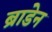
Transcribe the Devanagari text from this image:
ब्राडेन